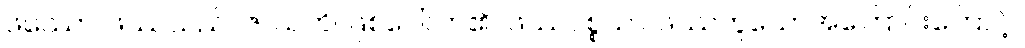
ဖဿော၊ ဖဿသည်။ ဇာယတိ၊ ဖြစ်ပေါ်လာ၏။ ဖဿပစ္စယာ၊ ဖဿဟူသောအကြောင်းကြောင့်။